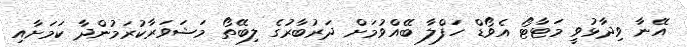
އޭނާ ވިދާޅުވީ މަޓާޓޯ އެވޯޑް ހަފްލާ ބޭއްވުމަށް ދަރުބާރުގެ ލިބޭތޯ މަޝަވަރާކުރަމުންދާ ކަމަށާއި